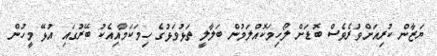
ޔަޒާން ކުރިއަށްވުރެވެސް ބޮޑަށް ލޯހިމަކޮއްލަމުން ބަލާލީ ތަޅުވަޅުގެ ހިމަކަމާއިއެކު ބޭރުގައި އުޅޭ މީހުން